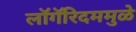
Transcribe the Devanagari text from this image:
लॉगॅरिदममुळे